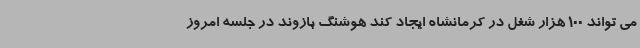
می تواند 100 هزار شغل در کرمانشاه ایجاد کند هوشنگ بازوند در جلسه امروز